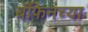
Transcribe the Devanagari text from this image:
बॅफिनच्या